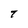
Character: T